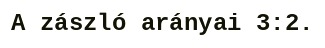
A zászló arányai 3:2.